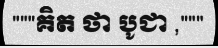
"""គិត ថា បូជា ,"""